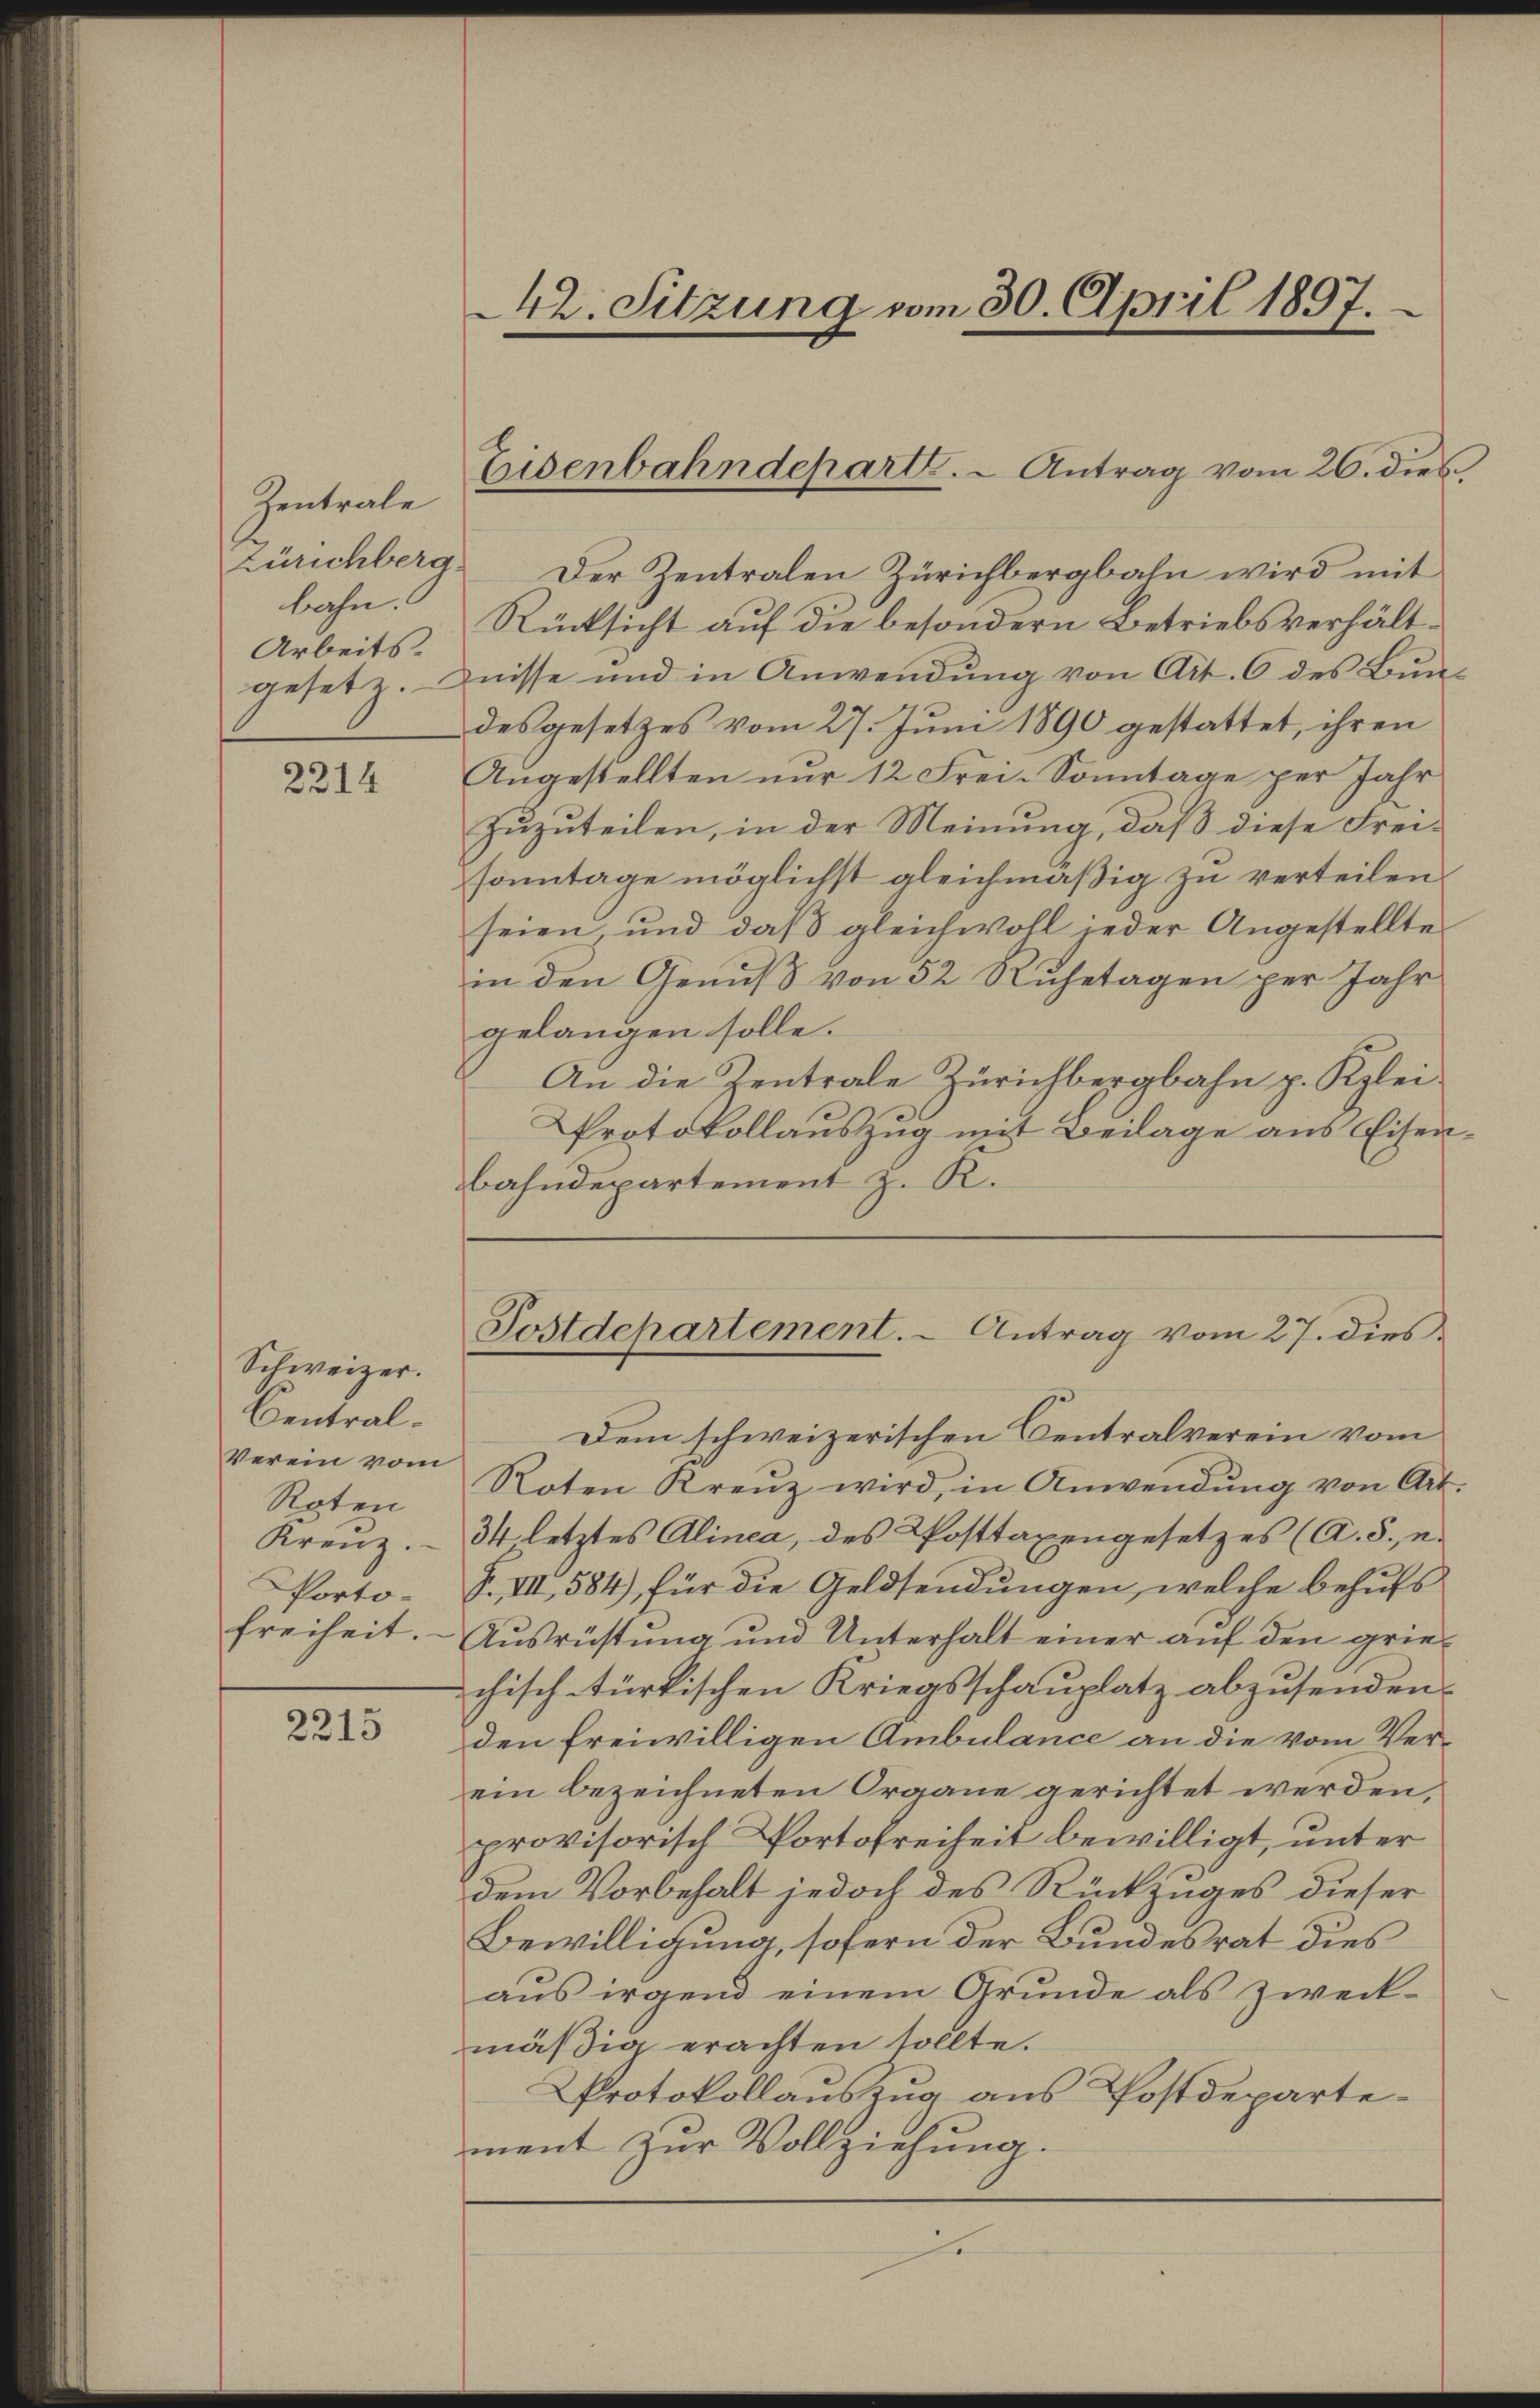
Zentrale
bahn.
Arbeits.

2214

Schweizer.
Central¬
Verein vom
Roten
Kreuz.
Portofreiheit.

2215

Zürichberg der Zentralen Zürichbergbahn wird mit
Rücksicht auf die besondern Betriebsverhältgesetz. Dnisse und in Anwendung von Art. 6 des Bundesgesetzes vom 27. Juni 1890 gestattet, ihren
Angestellten nur 12 Frei-Sonntage per Jahr
zuzuteilen, in der Meinung, daß diese Freisonntage möglichst gleichmäßig zu verteilen.
seien und daß gleichwoll jeder Angestellte
in den Genuß von 52 Ruhetagen per Jahr
gelangen solle.
An die Zentrale Zürichbergbahn p. Klei
Protokollauszug mit Beilage aus Eisenbahndepartement z. R.

42. Sitzung vom 30. April 1897.

Eisenbahndepart. - Antrag vom 26. dies

Dem schweizerischen Centralverein vom
Roten Kreŭz wird, in Anwendŭng von Art.
34 letztes Alinea, des Posttaxengesetzes (A. 5. u.
F. VII, 584) für die Geldsendungen, welche behufs
Ausrüstung und Unterhalt einer aŭf den grie-
chisch türkischen Kriegsschauplatz abzusenden.
den freiwilligen Ambulance an die vom Verein bezeichneten Organe gerichtet werden,
provisorisch Portofreiheit bewilligt, unter
dem Vorbehalt jedoch des Rückzuges dieser
Bewilligung, sofern der Bundesrat dies
aus irgend einem Grunde als zweckmäβig erachten sollte.
Protokollauszug aus Postdepartement zur Vollziehung.
e

Postdepartement. - Antrag vom 27. dies